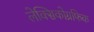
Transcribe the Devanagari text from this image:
लेक्सिकोग्रफिक